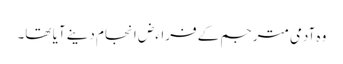
وہ آدمی مترجم کے فراءض انجام دینے آیا تھا۔